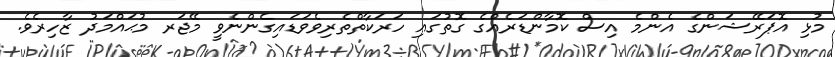
މުޅި އޮޕަރޭޝަންގެ އެންމެ އިސް ކޮމާންޑަރެއްގެ ގޮތުގައި ހަރަކާތްތެރިވެވަޑައިގެންނެވީ މޭޖަރ މުޙައްމަދު ޒާހިރެވެ.